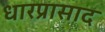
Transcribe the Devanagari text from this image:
धारप्रासाद